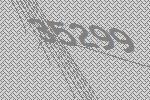
35299